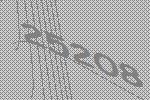
25208